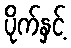
ပိုက်နှင့်